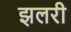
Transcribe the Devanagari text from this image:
झलरी